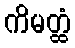
ကိမတ္ထံ